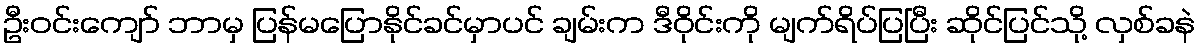
ဦးဝင်းကျော် ဘာမှ ပြန်မပြောနိုင်ခင်မှာပင် ချမ်းက ဒီဝိုင်းကို မျက်ရိပ်ပြပြီး ဆိုင်ပြင်သို့ လှစ်ခနဲ